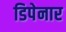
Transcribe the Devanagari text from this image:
डिपेनार